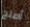
أصلح